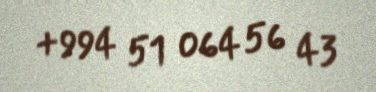
+994 51 064 56 43